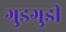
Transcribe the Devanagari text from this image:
गुडगुडी